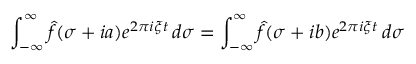
\int _ { - \infty } ^ { \infty } { \hat { f } } ( \sigma + i a ) e ^ { 2 \pi i \xi t } \, d \sigma = \int _ { - \infty } ^ { \infty } { \hat { f } } ( \sigma + i b ) e ^ { 2 \pi i \xi t } \, d \sigma